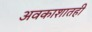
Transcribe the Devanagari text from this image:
अवकाशातही